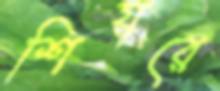
শিয়রে